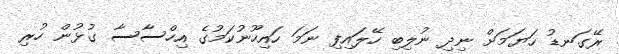
ރޭގަނޑު ހަޔަމަށް ނިދި ނުލިބި ހޭލައިފި ނަމަ ހައިހޫނުކަމުގެ އިހްސާސާ ގުޅުން ހުރި